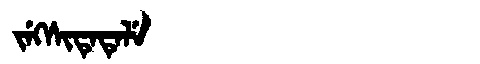
Manchu: ᠵᡝᡴᠰᡳᡨᡝᡨᡝᠯᡝ
Romanization: JEKSITETELE